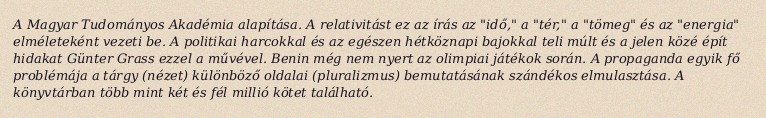
A Magyar Tudományos Akadémia alapítása. A relativitást ez az írás az "idő," a "tér," a "tömeg" és az "energia" elméleteként vezeti be. A politikai harcokkal és az egészen hétköznapi bajokkal teli múlt és a jelen közé épít hidakat Günter Grass ezzel a művével. Benin még nem nyert az olimpiai játékok során. A propaganda egyik fő problémája a tárgy (nézet) különböző oldalai (pluralizmus) bemutatásának szándékos elmulasztása. A könyvtárban több mint két és fél millió kötet található.